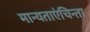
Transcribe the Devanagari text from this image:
मान्यताएंचिन्ता